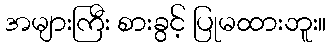
အများကြီး စားခွင့် ပြုမထားဘူး။